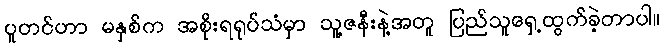
ပူတင်ဟာ မနှစ်က အစိုးရရုပ်သံမှာ သူ့ဇနီးနဲ့အတူ ပြည်သူရှေ့ထွက်ခဲ့တာပါ။